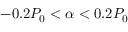
- 0 . 2 P _ { 0 } < \alpha < 0 . 2 P _ { 0 }